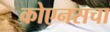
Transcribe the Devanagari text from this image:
कोएनसचा